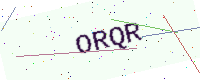
Text: ORQR